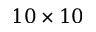
1 0 \times 1 0